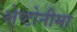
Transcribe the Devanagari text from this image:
लेप्टोनीमा